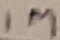
Text: 1M